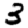
Digit: 3